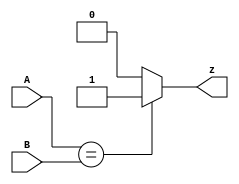
module Bit_equality ( input [1:0] A, input [1:0] B, output reg z ); 
    always @(*)
        if ( A==B)
            z=1;
    else z=0;
endmodule